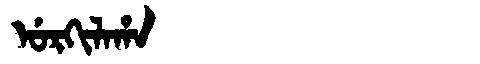
Manchu: ᡠᡵᡴᡳᠯᠠᡥᠠ
Romanization: URKILAHA